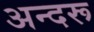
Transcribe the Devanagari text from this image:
अन्दरू